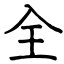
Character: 全